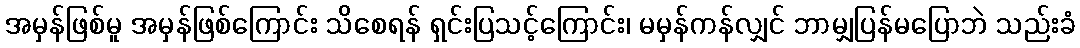
အမှန်ဖြစ်မူ အမှန်ဖြစ်ကြောင်း သိစေရန် ရှင်းပြသင့်ကြောင်း၊ မမှန်ကန်လျှင် ဘာမျှပြန်မပြောဘဲ သည်းခံ